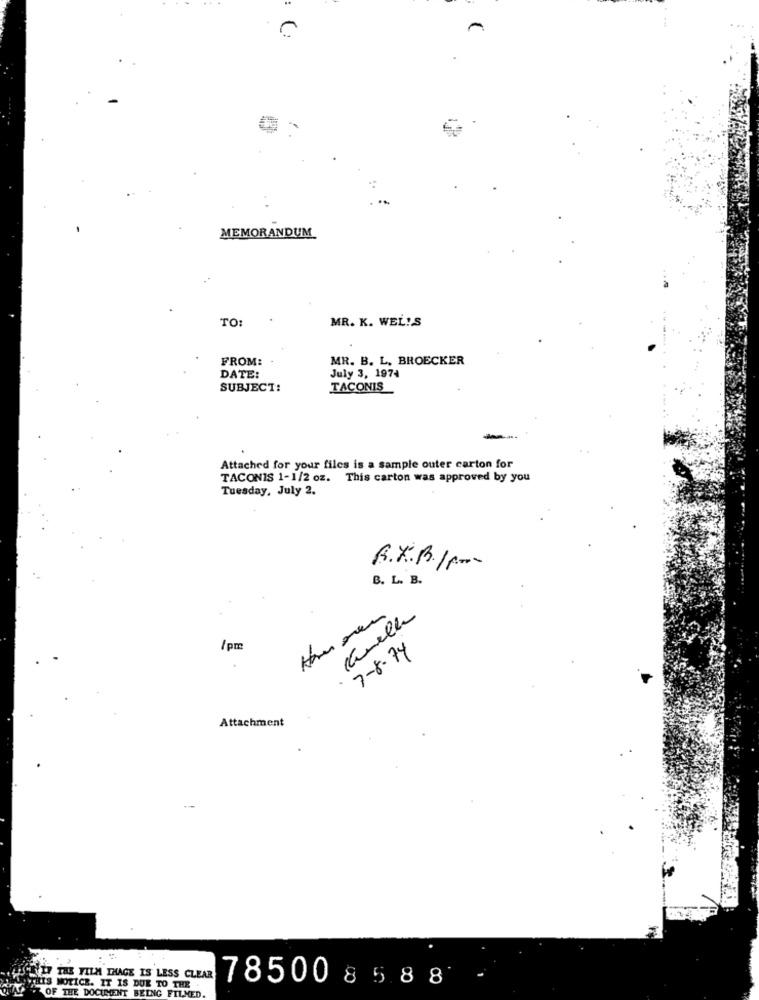
C
MEMORANDUM
TO
MR. K. WEL!S
FROM:
MR. B. L. BROECKER
DATE:
July 3, 1974
SUBJECT:
TACONIS
Attached for your files is a sample outer carton for
TACONIS 1-1/2 oz. This carton was approved by you
Tuesday, July 2.
R.X.B./p-
B. L. B.
canelle
/pm
7-8-74
Attachment
CIT THE FILM THAGE IS LESS CLEAR
785008588
THIS NOTICE. IT IS DUE TO THE
QUANT OF THE DOCUMENT BEING FILMED